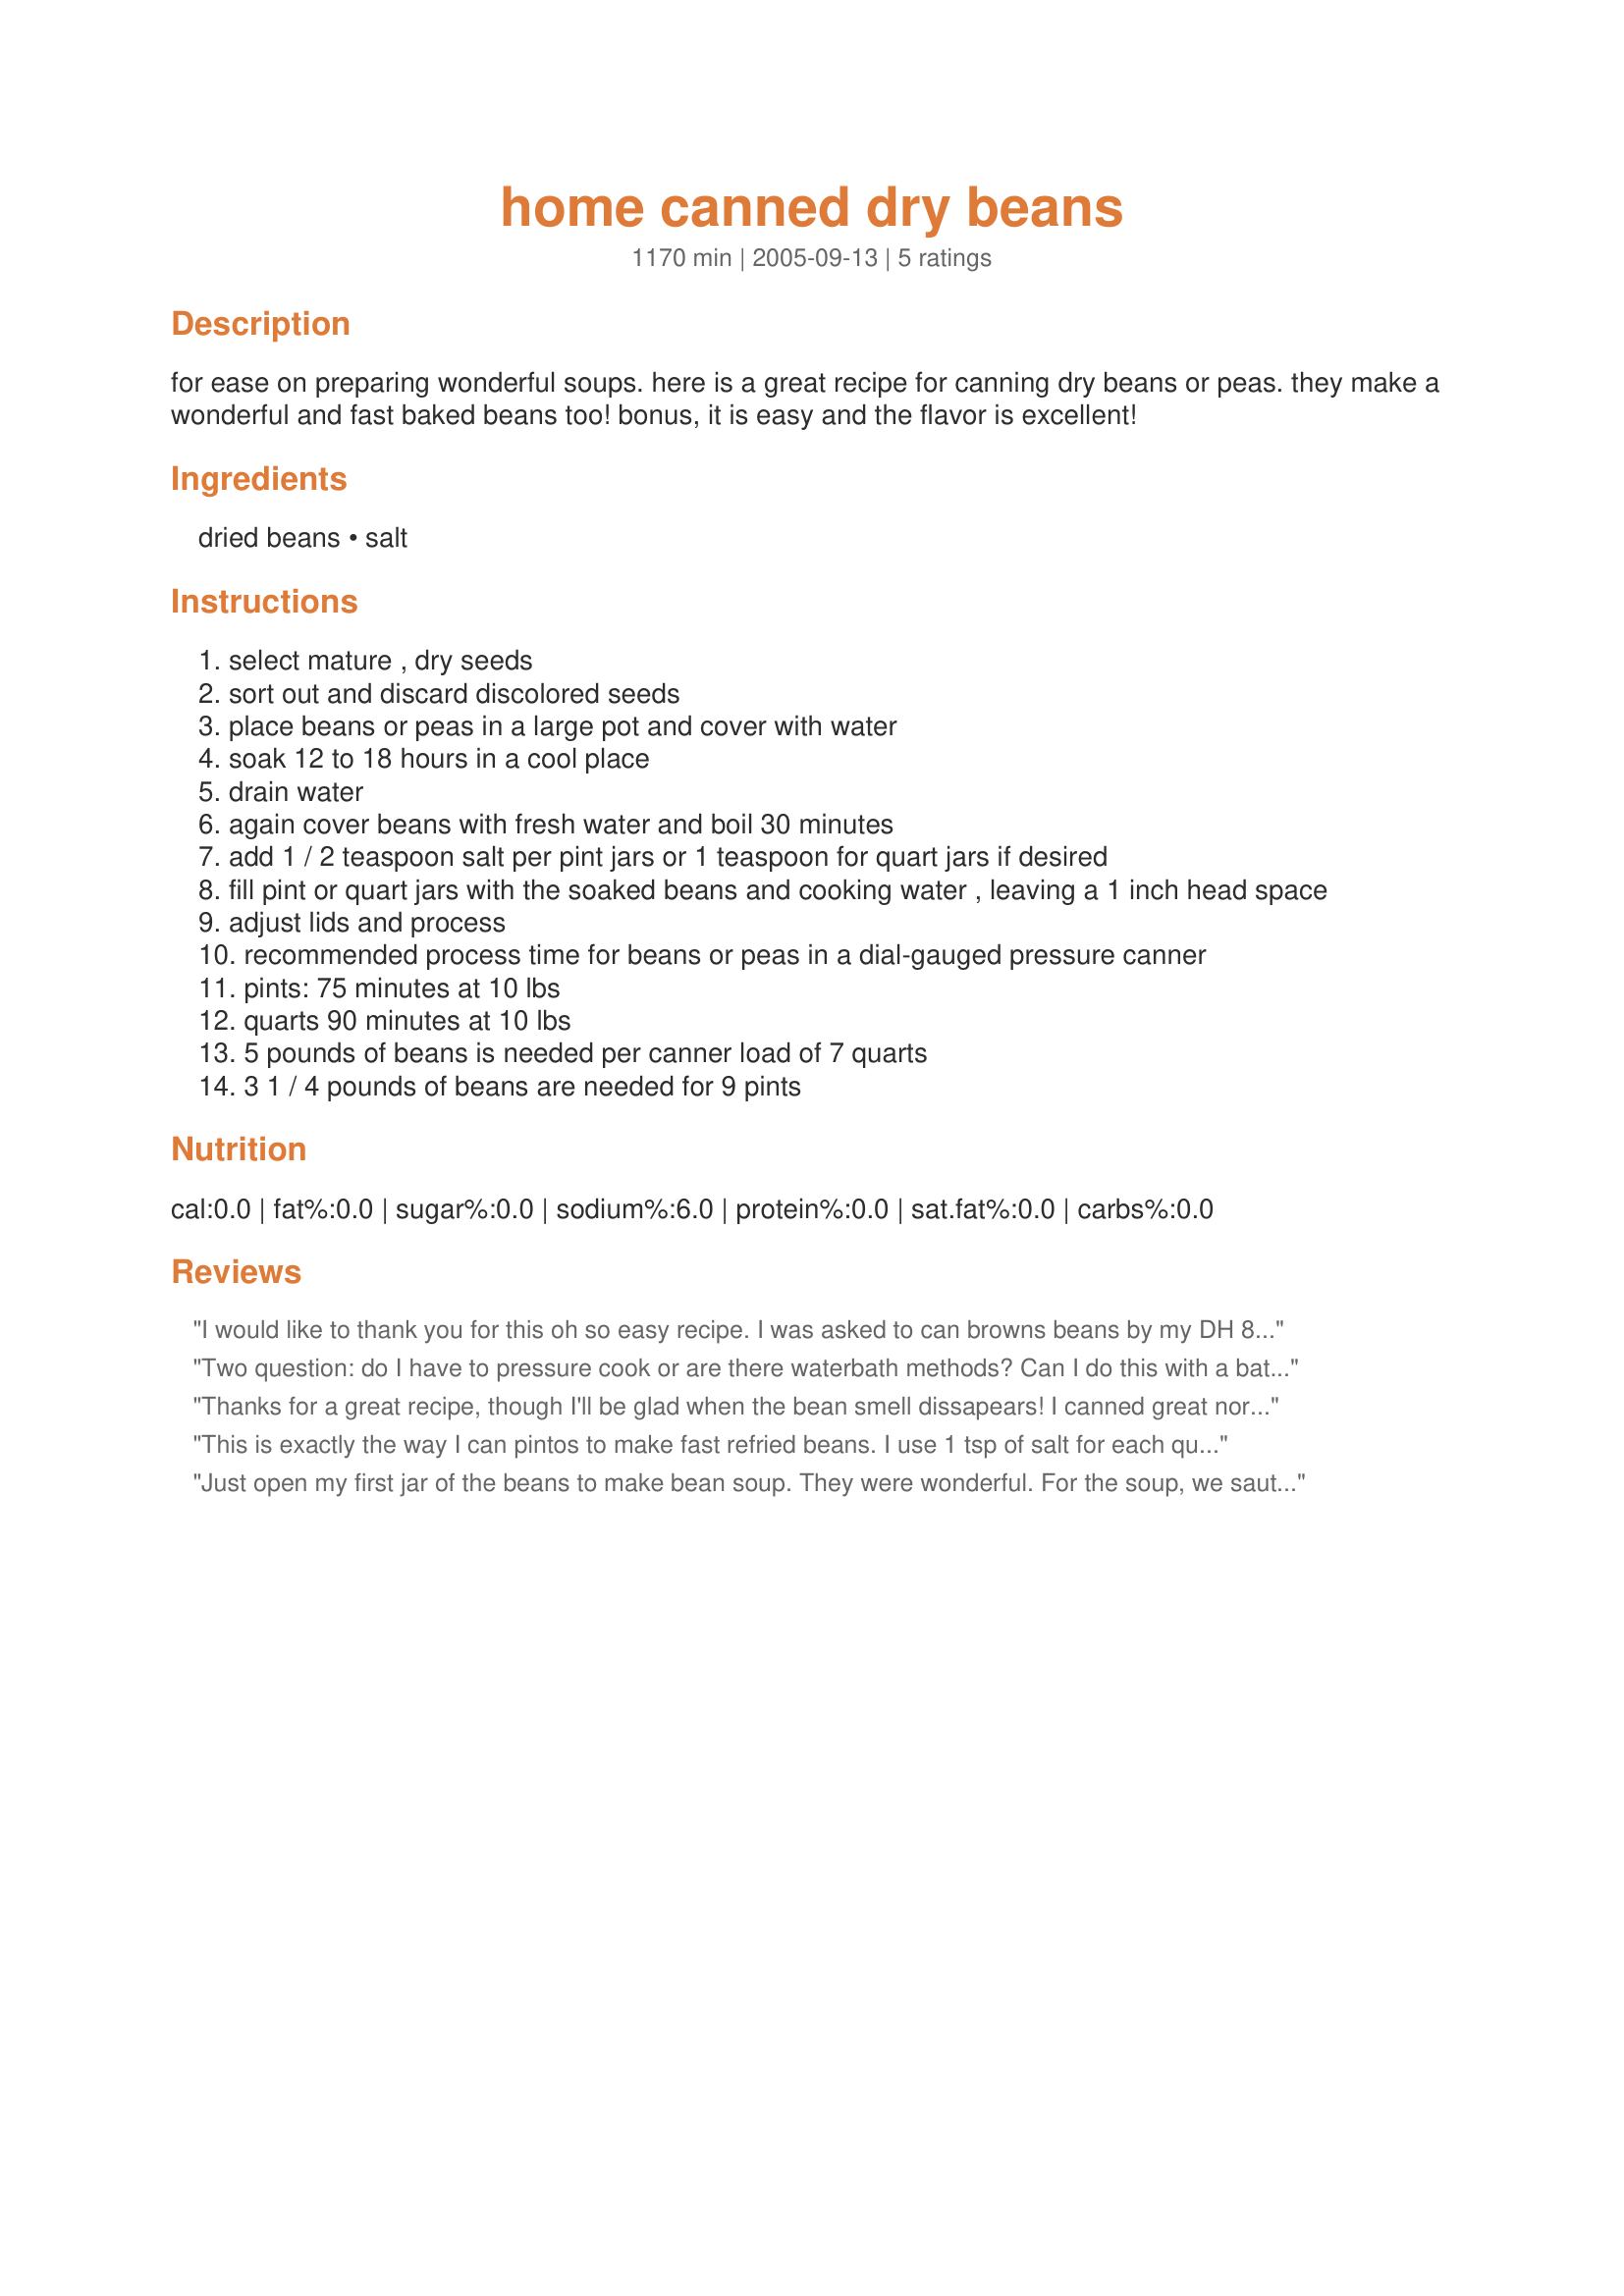
home canned dry beans
Preparation time: 1170 minutes

for ease on preparing wonderful soups. here is a great recipe for canning dry beans or peas. they make a wonderful and fast baked beans too! bonus, it is easy and the flavor is excellent!

Ingredients:
dried beans, salt

Steps:
select mature , dry seeds
sort out and discard discolored seeds
place beans or peas in a large pot and cover with water
soak 12 to 18 hours in a cool place
drain water
again cover beans with fresh water and boil 30 minutes
add 1 / 2 teaspoon salt per pint jars or 1 teaspoon for quart jars if desired
fill pint or quart jars with the soaked beans and cooking water , leaving a 1 inch head space
adjust lids and process
recommended process time for beans or peas in a dial-gauged pressure canner
pints: 75 minutes at 10 lbs
quarts 90 minutes at 10 lbs
5 pounds of beans is needed per canner load of 7 quarts
3 1 / 4 pounds of beans are needed for 9 pints

Reviews:
I would like to thank you for this oh so easy recipe. I was asked to can browns beans by my DH 82yo Gpa. They turned out Wonderful and I will be doing a assortment of dried beans and peas for my own family before winter hits. Needless to say I have told everyone within ear shot about the beans and how they turned out. Thank you again for helping me to make my DH Grandpa happy.
Two question: do I have to pressure cook or are there waterbath methods? Can I do this with a batch of pintos that are already fully cooked?
Thanks for a great recipe, though I'll be glad when the bean smell dissapears! I canned great northern and kidney, didn't add salt though since there is usually enough in the recipes that I use them for. Canned 50 pints...anyone need some beans?
This is exactly the way I can pintos to make fast refried beans. I use 1 tsp of salt for each quart, then when I open it, I add a generous spoonful of bacon lard to the pan. The canned beans, juice and all, follow. I cook them on high, smashing the beans with a masher. Just a few minutes later, voila!, refried beans with no fuss!
Just open my first jar of the beans to make bean soup. They were wonderful. For the soup, we sauteed some onions, added some ham chuncks to the onions, a little water and poured in the canned beans. Quick and easy for a weekday meal. <br/><br/>I canned the beans two different ways. Some jars exactly like the recipe and others with a broth. The jar I used was with the broth.<br/><br/>Using the broth. My son had roasted a whole hog in his roaster for a customer. I took the skins and bones and simmered them making a broth. I then degreased it by refrigerating over night. Scooped of the fat and reheated. Returned it the refrigerator overnight. Degreased the next day and pressure canned it. Wasn't satisfied with the canned broth. Another 1 1/2" of fat on top. I opened the 2 1/2 quarts of broth I had canned, spooned off the fat and used the broth in this this recipe. I laddled out the beans using the side of the pan to drain some of the bean water off. I then heated up the pork broth to a boil and added it to my beans. I proceeded with the recipe as directed. The end result was great.<br/>My beans from this recipe were perfectly cooked. I used Great Northen beans.<br/>I did can some beans exactly as the recipe directed. I am sure I will be just as satisfied with them when I use them.
